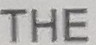
THE